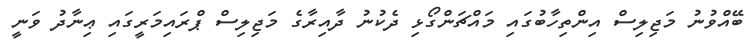
ބޭއްވުނު މަޖިލިސް އިންތިހާބުގައި މައްޗަންގޯޅި ދެކުނު ދާއިރާގެ މަޖިލިސް ޕްރައިމަރީގައި ޢިނާދު ވަނީ